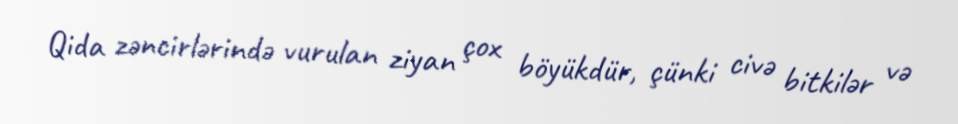
Qida zəncirlərində vurulan ziyan çox böyükdür, çünki civə bitkilər və